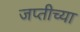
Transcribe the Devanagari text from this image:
जप्तीच्या